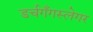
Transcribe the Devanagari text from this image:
डर्चगँगस्लेगर